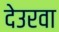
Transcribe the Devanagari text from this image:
देउरवा